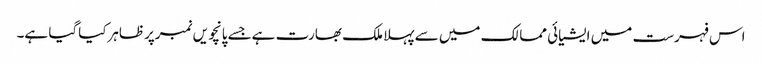
اس فہرست میں ایشیائی ممالک میں سے پہلا ملک بھارت ہےجسے پانچویں نمبرپرظاہرکیاگیا ہے۔